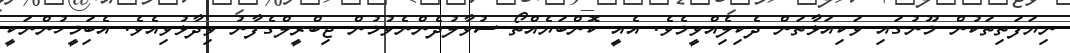
ނިޔަފަތިތަކުން މޫނުގައި ވަކިއަޅާތަން ދެކިލިެެއްވީމެވެ. އެެއިީ ކޮންބަޔެއްތޯ ސުވާލުދެންނެވުމުން ޖިބްރީލްގެފާނު ވިދާޅުވިއެވެ. އެބަިމީހުންނަކީ